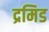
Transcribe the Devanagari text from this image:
द्रमिड